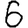
Digit: 6